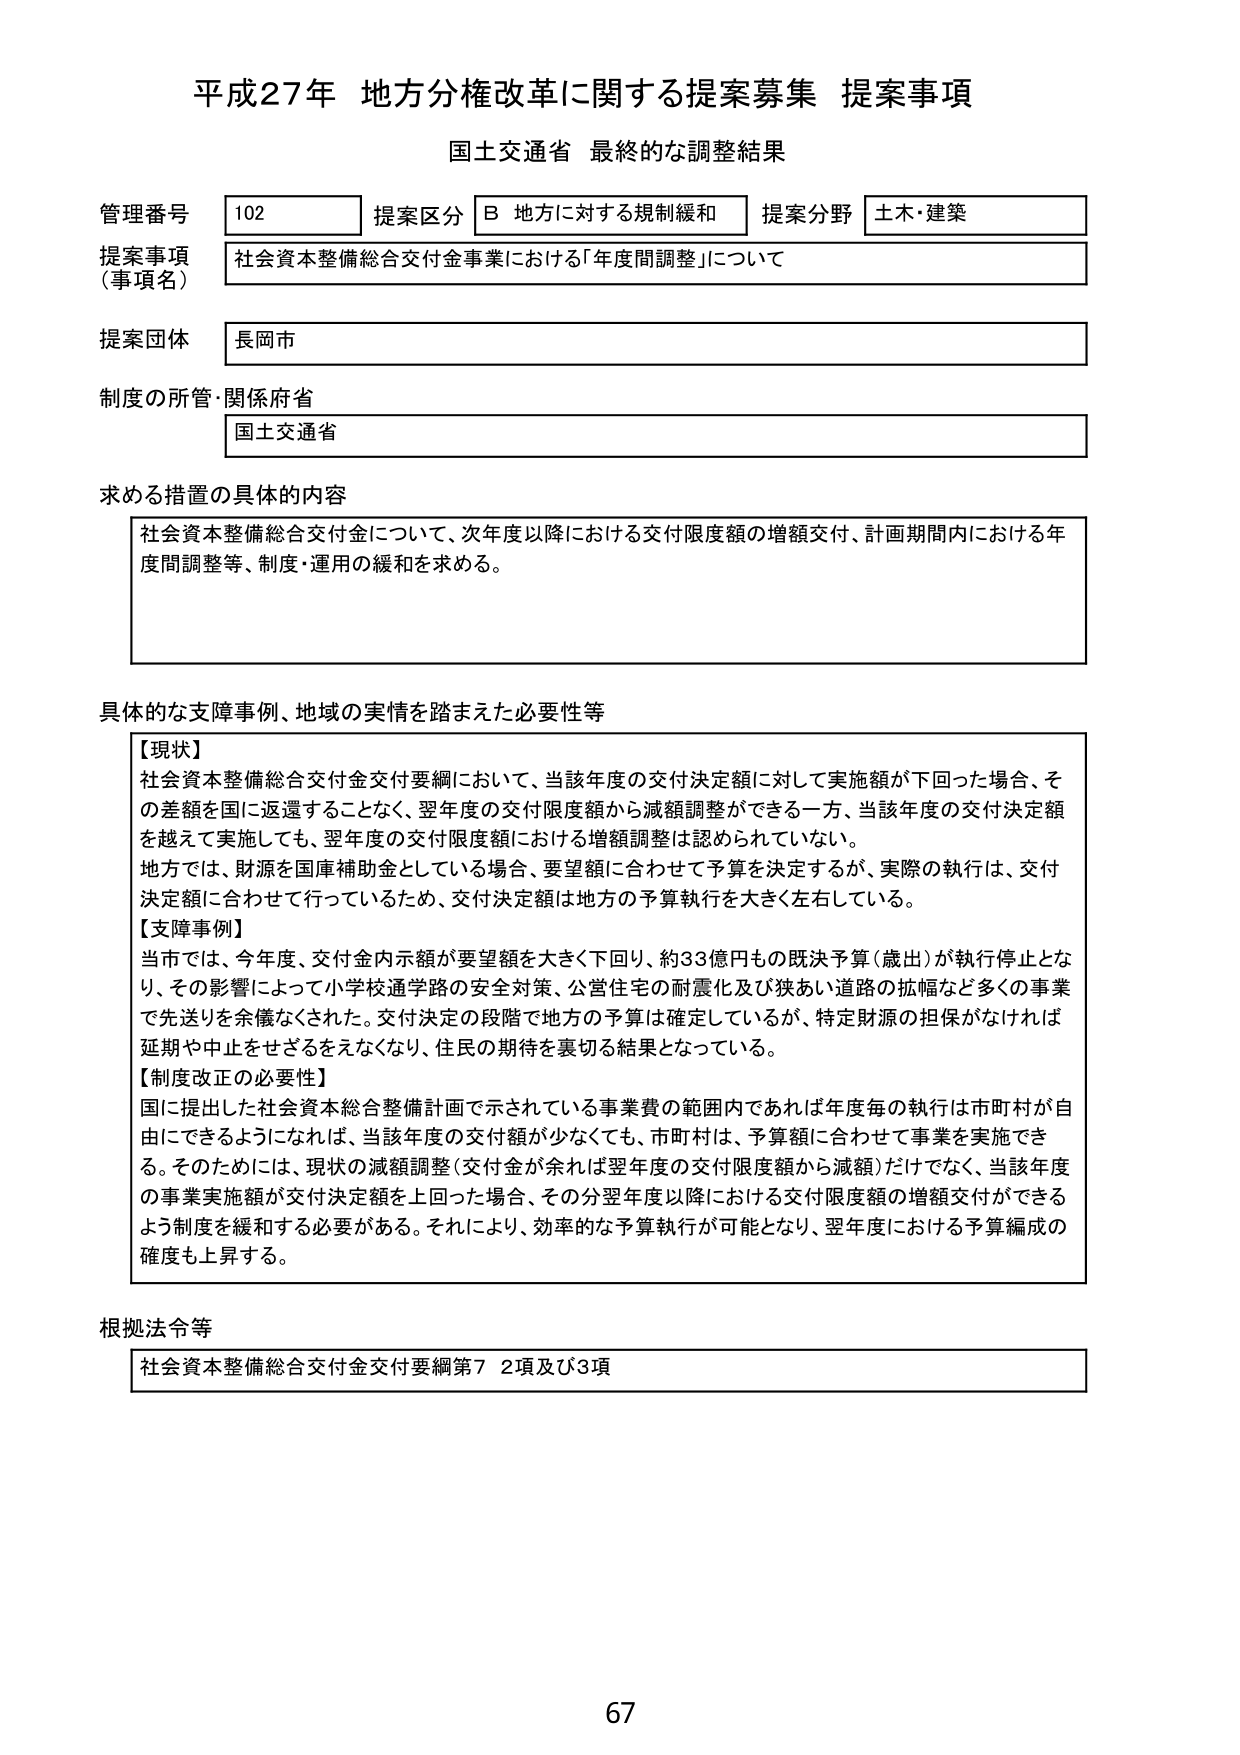
平成27年 地方分権改革に関する提案募集 提案事項
国土交通省 最終的な調整結果

管理番号 102 提案区分 B 地方に対する規制緩和 提案分野 土木・建築
提案事項（事項名） 社会資本整備総合交付金事業における「年度間調整」について
提案団体 長岡市
制度の所管・関係府省 国土交通省

求める措置の具体的内容
社会資本整備総合交付金について、次年度以降における交付限度額の増額交付、計画期間内における年度間調整等、制度・運用の緩和を求める。

具体的な支障事例、地域の実情を踏まえた必要性等
【現状】
社会資本整備総合交付金交付要綱において、当該年度の交付決定額に対して実施額が下回った場合、その差額を国に返還することなく、翌年度の交付限度額から減額調整ができる一方、当該年度の交付決定額を越えて実施しても、翌年度の交付限度額における増額調整は認められていない。
地方では、財源を国庫補助金としている場合、要望額に合わせて予算を決定するが、実際の執行は、交付決定額に合わせて行っているため、交付決定額は地方の予算執行を大きく左右している。
【支障事例】
当市では、今年度、交付金内示額が要望額を大きく下回り、約33億円もの既決予算（歳出）が執行停止となり、その影響によって小学校通学路の安全対策、公営住宅の耐震化及び狭あい道路の拡幅など多くの事業で先送りを余儀なくされた。交付決定の段階で地方の予算は確定しているが、特定財源の担保がなければ延期や中止をせざるをえなくなり、住民の期待を裏切る結果となっている。
【制度改正の必要性】
国に提出した社会資本総合整備計画で示されている事業費の範囲内であれば年度毎の執行は市町村が自由にできるようになれば、当該年度の交付額が少なくても、市町村は、予算額に合わせて事業を実施できる。そのためには、現状の減額調整（交付金が余れば翌年度の交付限度額から減額）だけでなく、当該年度の事業実施額が交付決定額を上回った場合、その分翌年度以降における交付限度額の増額交付ができるよう制度を緩和する必要がある。それにより、効率的な予算執行が可能となり、翌年度における予算編成の確度も上昇する。

根拠法令等
社会資本整備総合交付金交付要綱第7 2項及び3項

67